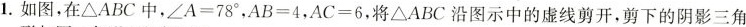
1.如图,在\triangle ABC中，\angle A=78°,AB=4,AC=6,将\triangle ABC 沿图示中的虚线剪开,剪下的阴影三角